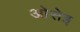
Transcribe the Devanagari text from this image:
ओसेइ